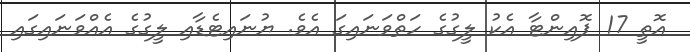
އޮތީ 17 ޕޮއިންޓާ އެކު ލީގުގެ ހަތްވަނައިގަ އެވެ. ޔުނައިޓެޑާއި ލީގުގެ އެއްވަނައިގައި